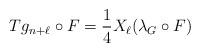
LaTeX: \begin{align*}Tg_{n+\ell} \circ F = \frac14 X_\ell(\lambda_G \circ F)\end{align*}